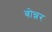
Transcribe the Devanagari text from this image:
बोन्नर